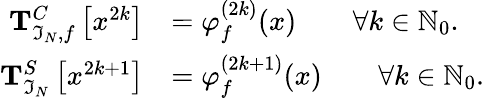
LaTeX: \begin{array}{rl}{\mathbf{T}_{\mathfrak{I}_{N},f}^{C}\left[x^{2k}\right]}&{=\varphi_{f}^{(2k)}(x)\qquad\forall k\in\mathbb{N}_{0}.}\\ {\mathbf{T}_{\mathfrak{I}_{N}}^{S}\left[x^{2k+1}\right]}&{=\varphi_{f}^{(2k+1)}(x)\qquad\forall k\in\mathbb{N}_{0}.}\end{array}